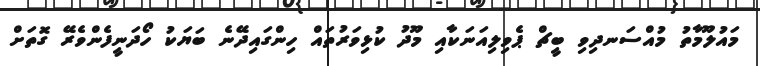
މައުލޫމާތު މުއްސަނދިވި ބީޗް ޕެވިލިއަނަކާއި މޫދު ކުޅިވަރުތައް ހިންގައިދޭނެ ބަޔަކު ހޯދަނީފެންވެރޭ ގޮތަށް